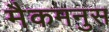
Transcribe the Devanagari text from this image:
मैकमनुस